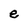
Character: e